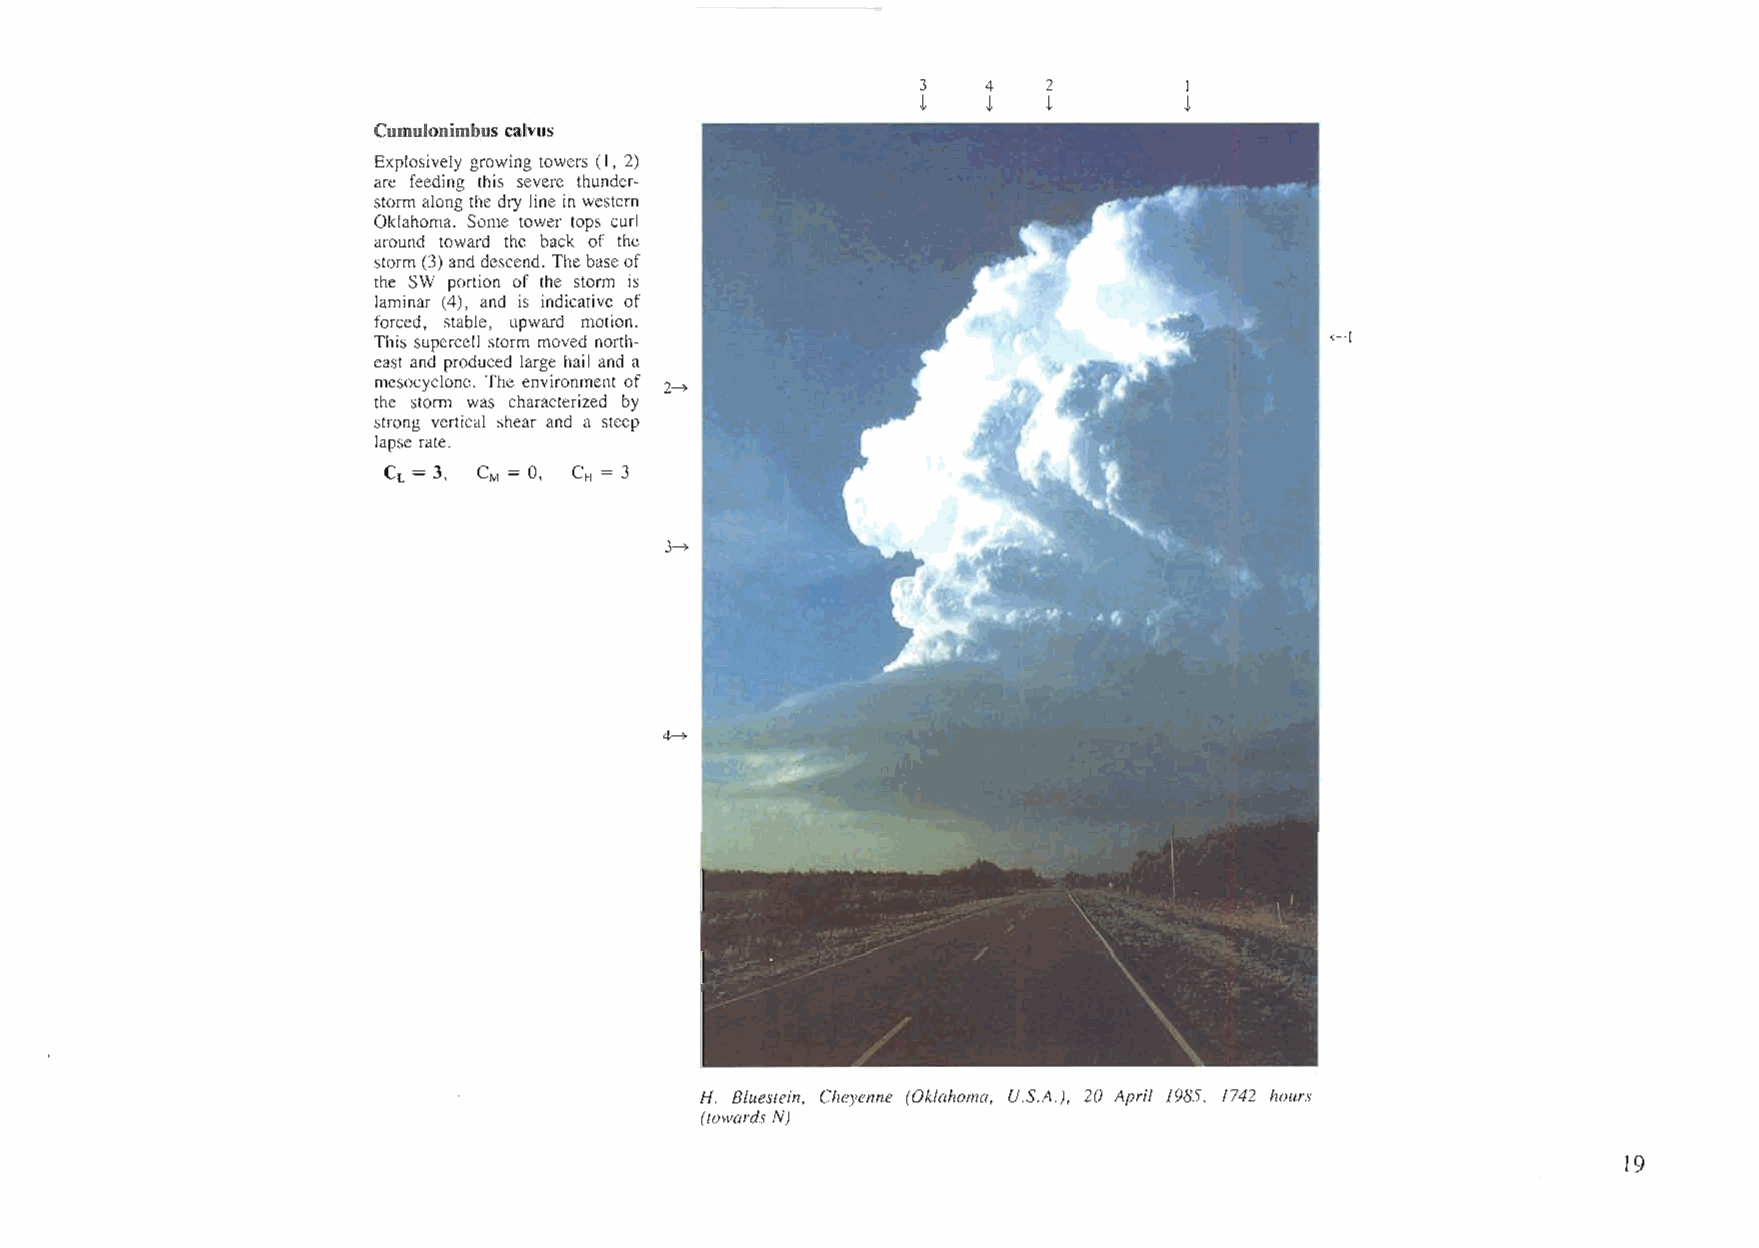
3   4   2        I
 t   t   t        t
 Cumulonimbus calvus
 Explosively growing towers (I, 2)
 are feeding this severe thunder-
 storm along the dry line in western
 Oklahoma. Some tower tops curl
 around toward the back of the
 storm (3) and descend. The baseof
 the SW portion of the storm is
 laminar (4), and is indicative of
 forced, stable, upward motion.
 This supercell storm moved north-                              ~l
 east and produced large hail and a
 mesocyclone. The environment of 2-+
 the storm was characterized by
 strong vertical shear and a steep
 lapse rate.
 CL = 3, CM = 0, CH = 3
 3-+
 4-+
 H. Bluestein, Cheyenne (Oklahoma, U.S.A.), 20 April 1985, 1742 hours
 (towards N)
 19